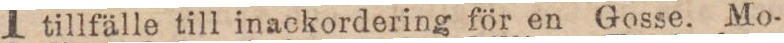
tillfälle till inackordering för en Gosse. Mo-